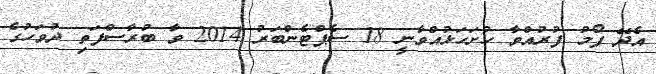
އެދޭ ފޯމު ފުރުއްވާ ހުށަހަޅުއްވާނީ 18 ސެޕްޓެންބަރު 2014 ވާ ބުރާސްފަތި ދުވަހުގެ